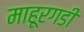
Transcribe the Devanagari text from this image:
माहूरगडी